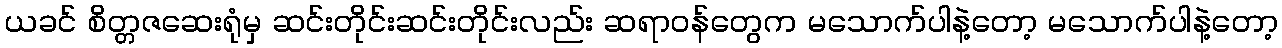
ယခင် စိတ္တဇဆေးရုံမှ ဆင်းတိုင်းဆင်းတိုင်းလည်း ဆရာဝန်တွေက မသောက်ပါနဲ့တော့ မသောက်ပါနဲ့တော့